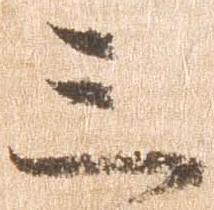
三